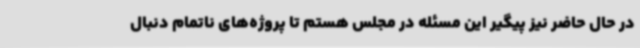
در حال حاضر نیز پیگیر این مسئله در مجلس هستم تا پروژه‌های ناتمام دنبال